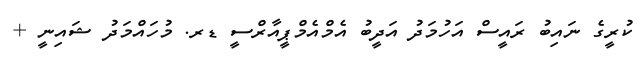
ކުރީގެ ނައިބު ރައީސް އަހުމަދު އަދީބު އެމްއެމްޕީއާރްސީ ޑރ. މުހައްމަދު ޝައިނީ +